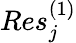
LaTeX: {Res}_{j}^{(1)}